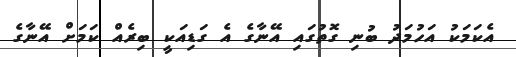
އެކަމަކު އަހުމަދު ބުނި ގޮތުގައި އޭނާގެ އެ ގަޑިއަކީ ބިރެއް ކަމަށް އޭނާގެ